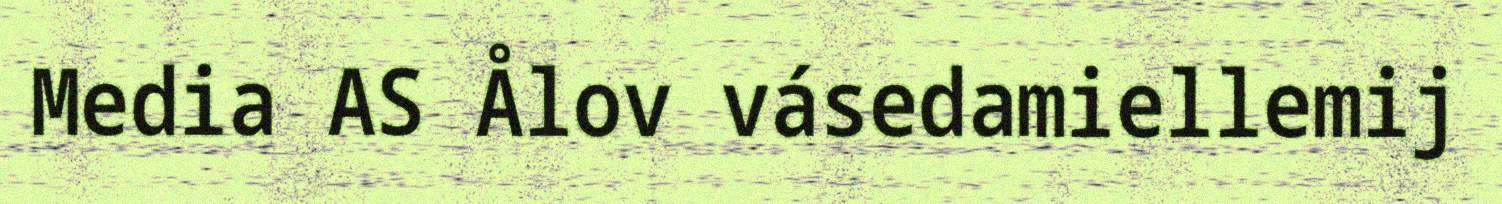
Media AS Ålov vásedamiellemij